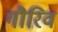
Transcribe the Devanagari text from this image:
गौरिव